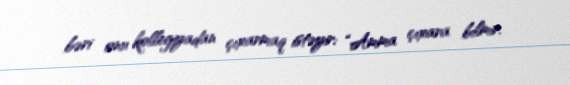
bəri onu kollegiyadan çıxarmaq istəyir: “Amma çıxara bilmir.